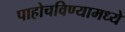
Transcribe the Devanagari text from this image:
पाहोचविण्यामध्ये